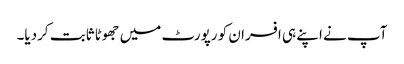
آپ نے اپنے ہی افسران کو رپورٹ میں جھوٹا ثابت کردیا۔